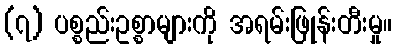
(၇) ပစ္စည်းဥစ္စာများကို အရမ်းဖြုန်းတီးမှု။